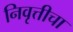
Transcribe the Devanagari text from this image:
निवृत्तीचा